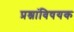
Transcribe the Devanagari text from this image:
प्रश्नांविषयक